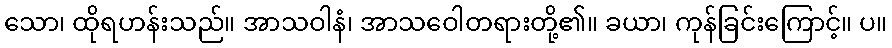
သော၊ ထိုရဟန်းသည်။ အာသဝါနံ၊ အာသဝေါတရားတို့၏။ ခယာ၊ ကုန်ခြင်းကြောင့်။ ပ။